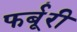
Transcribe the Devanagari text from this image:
फर्बूरी